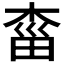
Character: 𣓩